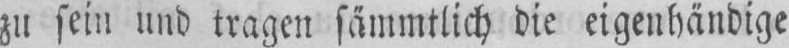
zu sein und tragen sämmtliche die eigenhändige